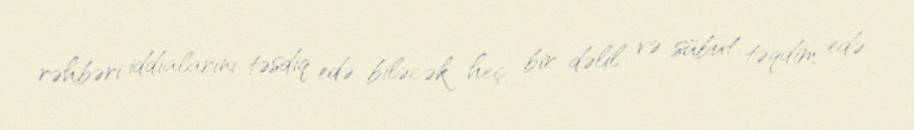
rəhbəri iddialarını təsdiq edə biləcək heç bir dəlil və sübut təqdim edə